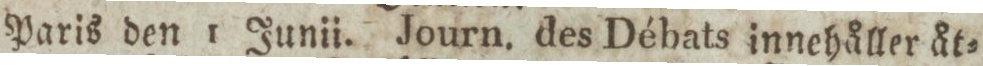
Paris den 1 Junii. Journ. des Débats innehåller åt=